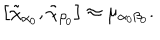
\left[ \tilde { \chi } _ { \alpha _ { 0 } } , \tilde { \chi } _ { \beta _ { 0 } } \right] \approx \mu _ { \alpha _ { 0 } \beta _ { 0 } } .